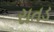
રાતડ